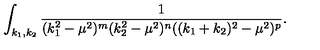
\int _ { k _ { 1 } , k _ { 2 } } \frac { 1 } { ( k _ { 1 } ^ { 2 } - \mu ^ { 2 } ) ^ { m } ( k _ { 2 } ^ { 2 } - \mu ^ { 2 } ) ^ { n } ( ( k _ { 1 } + k _ { 2 } ) ^ { 2 } - \mu ^ { 2 } ) ^ { p } } .